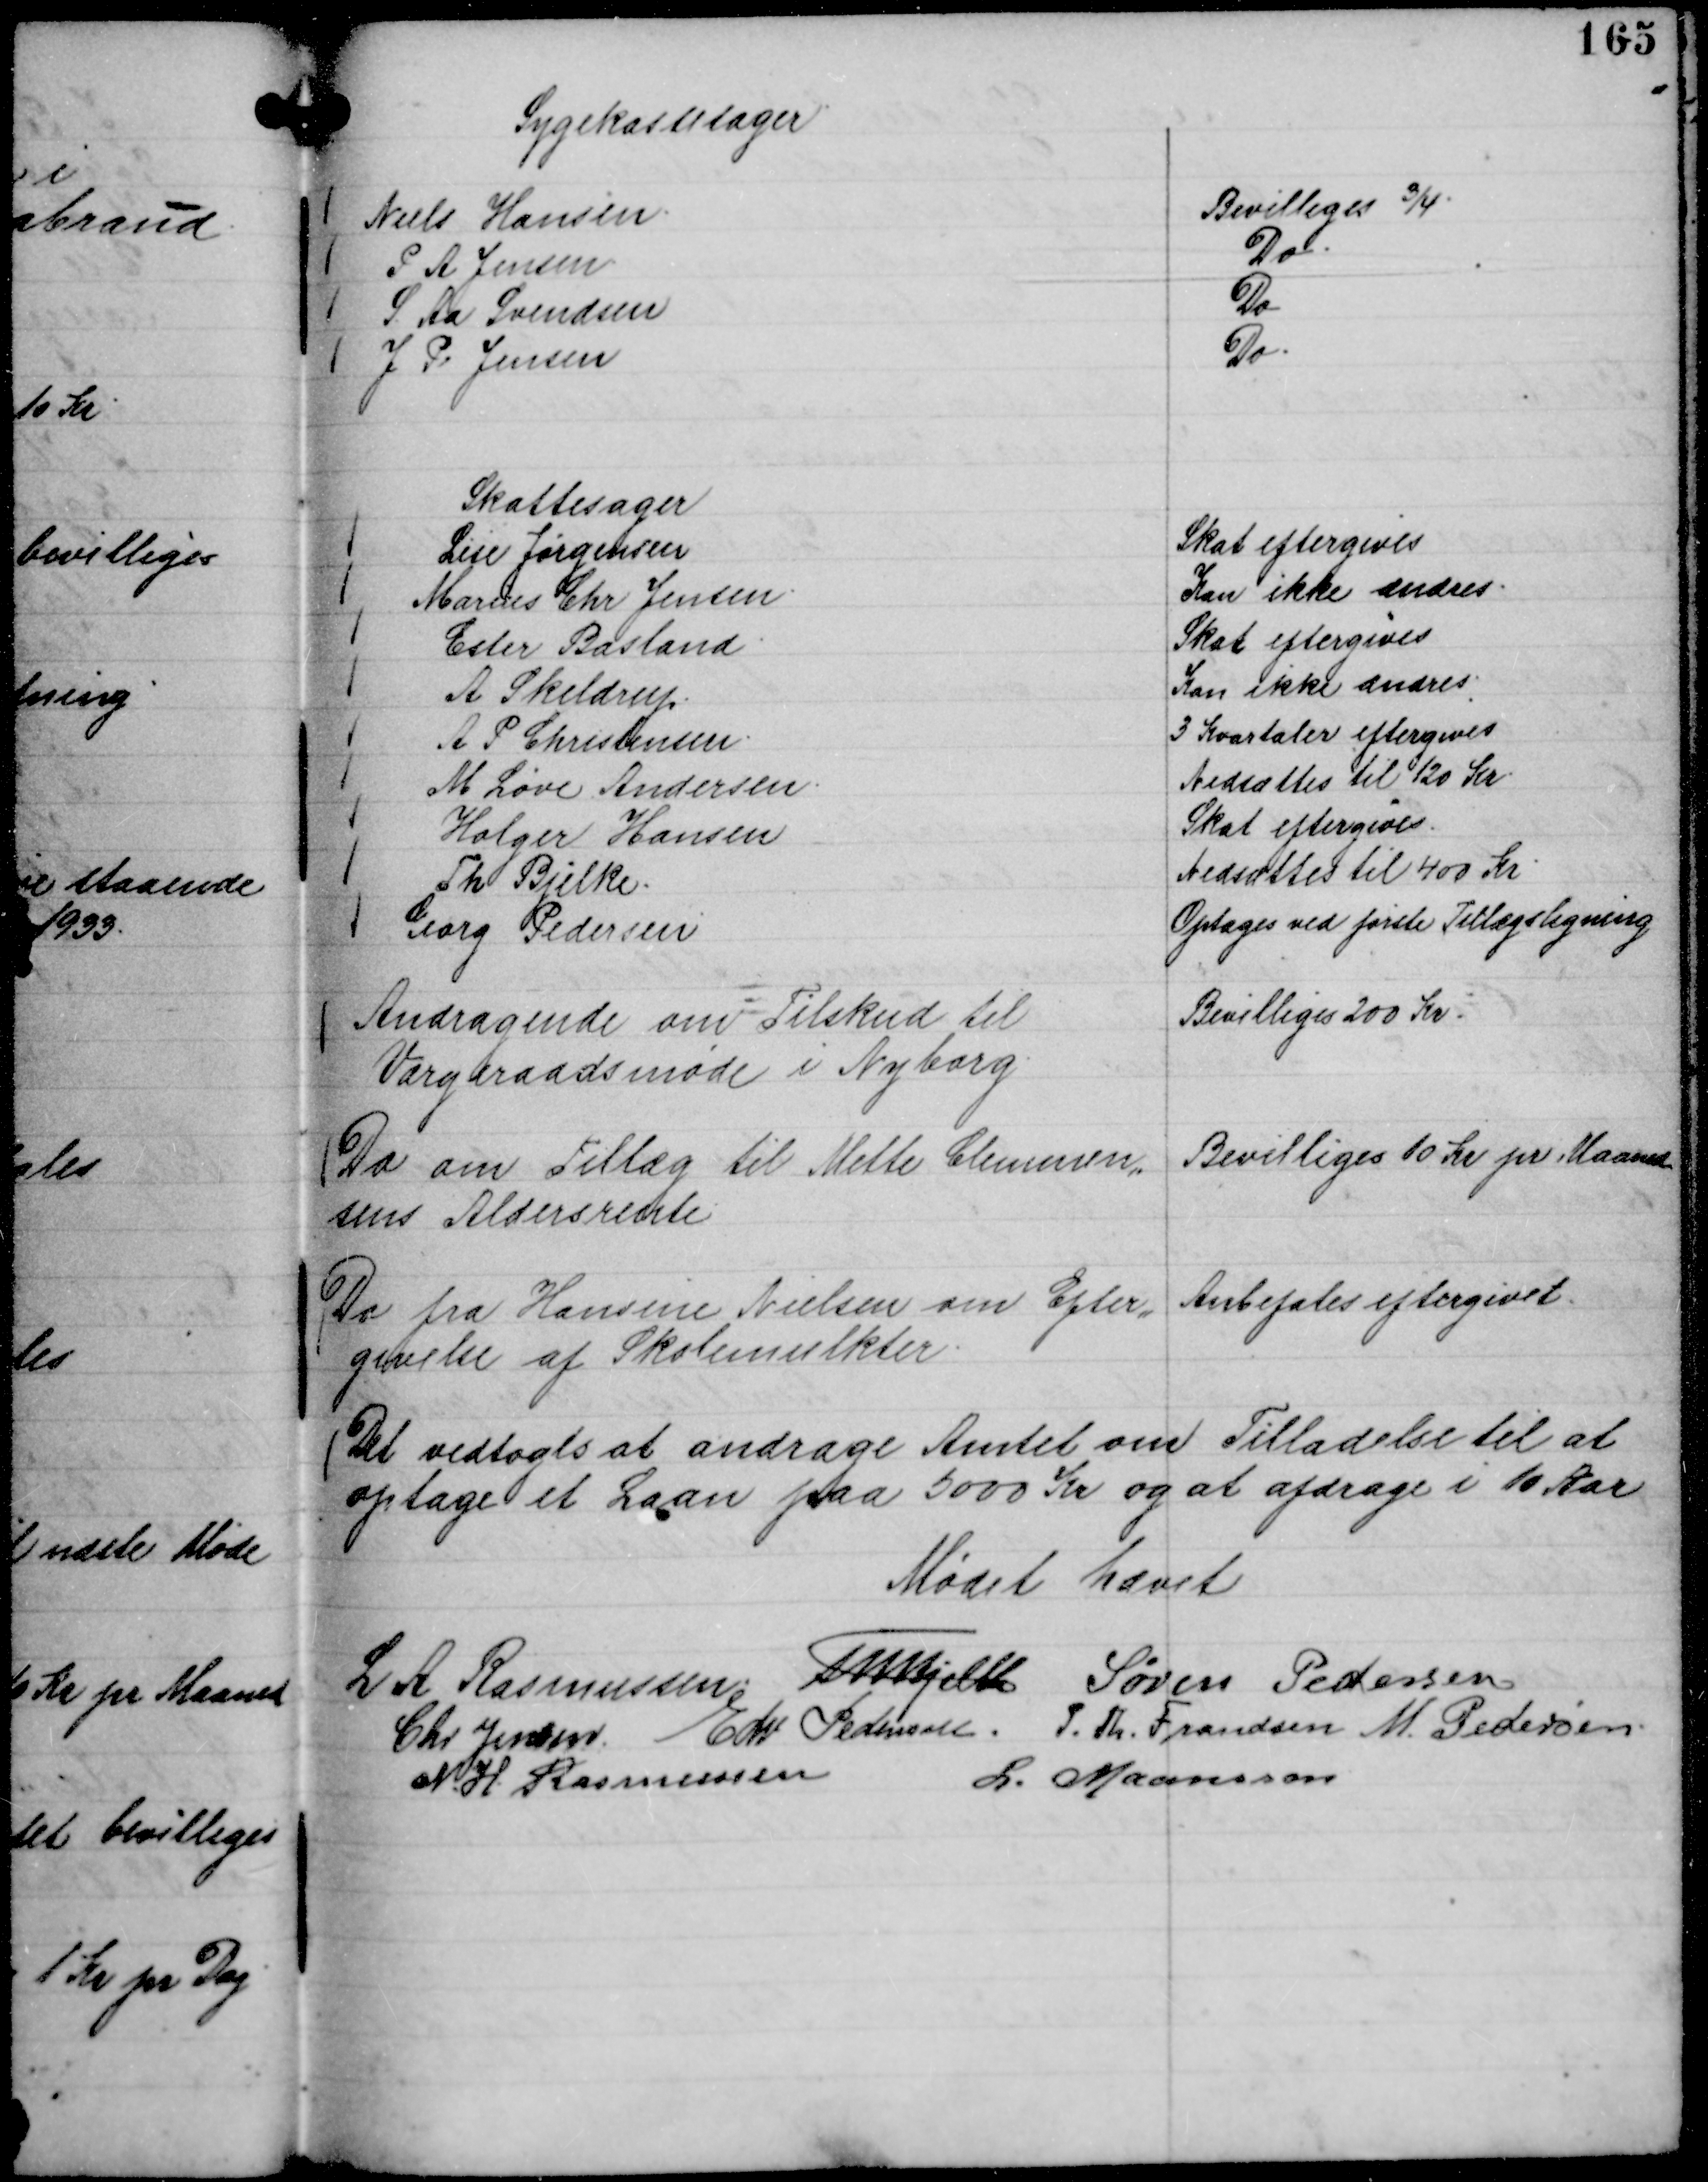
Transskription:
Sygekassesager
Niels Hansen.
Bevilliges ¾.
P A Jensen
Do.
S. Aa Svendsen
Do
J P Jensen
Do.

Skattesager
Lise Jørgensen
Skat eftergives
Marius Chr Jensen.
Kan ikke ændres.
Ester Basland.
Skat eftergives
A Skeldrup.
Kan ikke ændres.
A P Christensen.
3 Kvartaler eftergives
M Løve Andersen.
Nedsættes til 120 Kr.
Holger Hansen
Skat eftergives.
Th Bjelke.
Nedsættes til 400 Kr.
Georg Pedersen
Optages ved første Tillægsligning

Andragende omTilskud til
Værgeraadsmøde i Nyborg.

Bevilliges 200 Kr.

Do om Tillæg til Mette Clemen,,
sens Aldersrente

Bevilliges 10 Kr pr Maaned

Do fra Hansine Nielsen om Efter,,
givelse af Skolemulkter.

Anbefales eftergivet.

Det vedtoges at andrage Amtet om Tilladelse til at
optage et Laan paa 5000 Kr og at afdrage i 10 Aar

Mødet hævet
L A Rasmussen.
Th Bjelke
Søren Pedersen
Chr Jensen
Edv Pedersen.
P. Th. Frandsen
M. Pedersen.
N. H. Rasmussen
L. Maansson